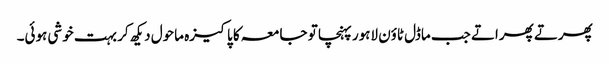
پھرتے پھراتے جب ماڈل ٹاؤن لاہور پہنچا تو جامعہ کا پاکیزہ ماحول دیکھ کر بہت خوشی ہوئی۔